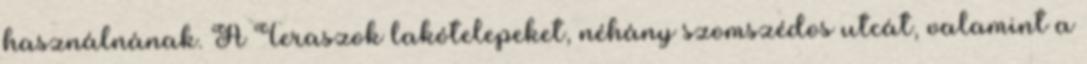
használnának. A Teraszok lakótelepeket, néhány szomszédos utcát, valamint a